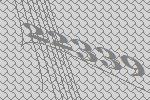
22339